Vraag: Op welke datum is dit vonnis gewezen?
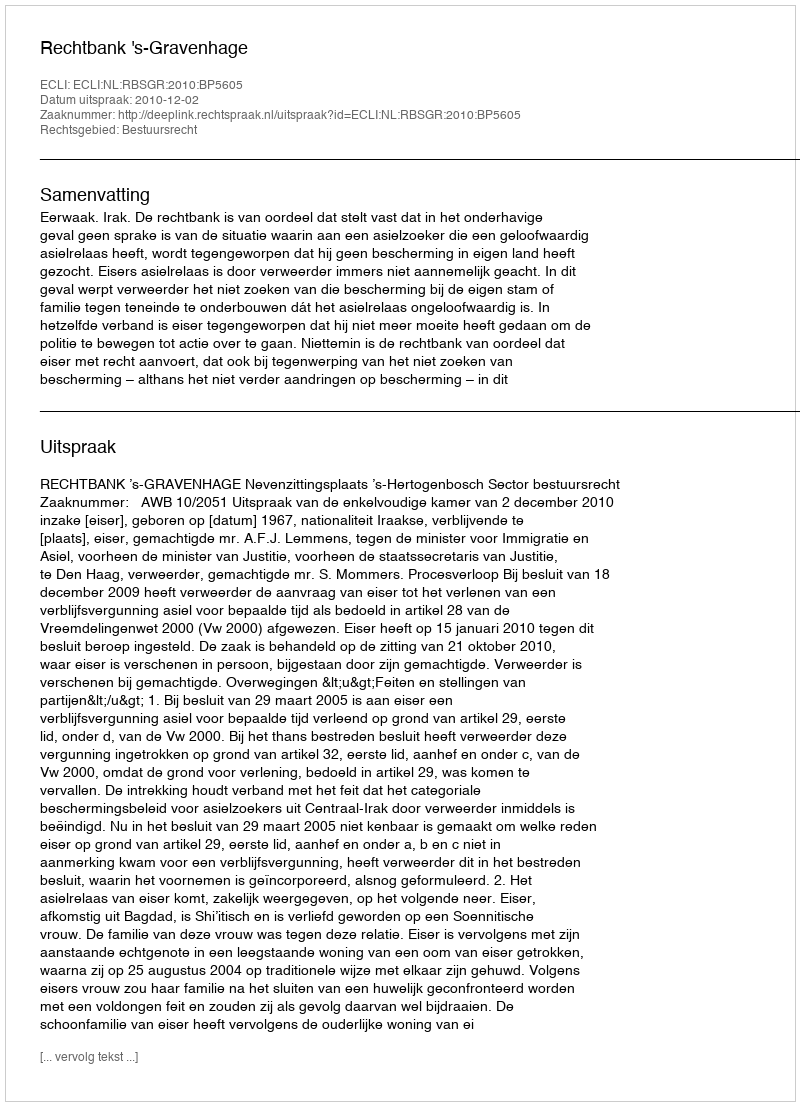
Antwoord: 2010-12-02